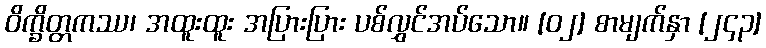
ဝိက္ခိတ္တကဿ၊ အထူးထူး အပြားပြား ပစ်လွှင်အပ်သော။ [၀၂] စာမျက်နှာ [၂၄၃]